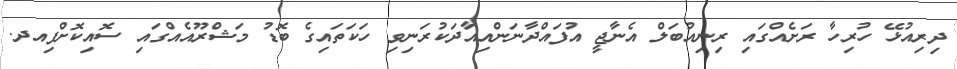
ދިރިއުޅޭ ހުރިހާ ރަށެއްގައި ރިނިއުބަލް އެނާޖީ އުފައްދާނަންއިއާދަކުރަނިވި ހަކަތައިގެ ބޮޑު މަޝްރޫއެއްގައި ސޮއިކޮށްފިއދ.